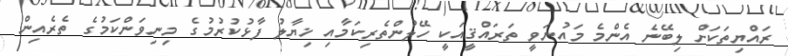
ރައްޔިތަކަށް ލިބޭނެ އެންމެ މައުނަވީ ތަރައްޤީއަކީ ހޭލުންތެރިކަމާއި ޚިޔާލު ފާޅުކުރުމުގެ މިނިވަންކަމުގެ ތެރެއިން